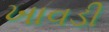
ખાવડી